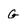
Character: G